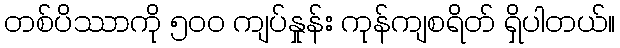
တစ်ပိဿာကို ၅၀၀ ကျပ်နှုန်း ကုန်ကျစရိတ် ရှိပါတယ်။